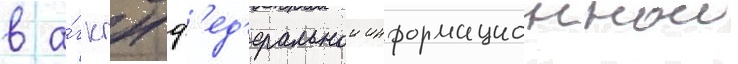
в а́гкгн ф'ед'еральнои информационнои